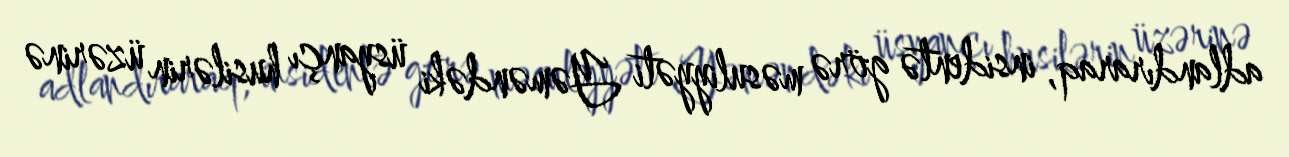
adlandıraraq, insidentə görə məsuliyyəti Yəməndəki üsyançı husilərin üzərinə